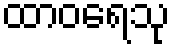
ထာဝရေသု